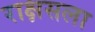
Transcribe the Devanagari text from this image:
राक्षसला